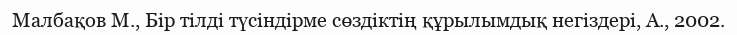
Малбақов М., Бір тілді түсіндірме сөздіктің құрылымдық негіздері, А., 2002.